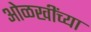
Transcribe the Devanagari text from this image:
ओळखींच्या